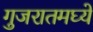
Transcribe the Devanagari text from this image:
गुजरातमघ्ये